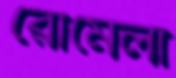
রোমেলা